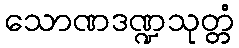
သောဏဒဏ္ဍသုတ္တံ